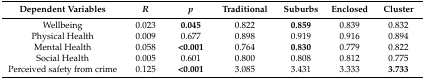
<table><thead><tr><td><b>Dependent Variables</b></td><td><b><i>R</i></b></td><td><b><i>p</i></b></td><td><b>Traditional</b></td><td><b>Suburbs</b></td><td><b>Enclosed</b></td><td><b>Cluster</b></td></tr></thead><tbody><tr><td>Wellbeing</td><td>0.023</td><td><b>0.045</b></td><td>0.822</td><td><b>0.859</b></td><td>0.839</td><td>0.832</td></tr><tr><td>Physical Health</td><td>0.009</td><td>0.677</td><td>0.898</td><td>0.919</td><td>0.916</td><td>0.894</td></tr><tr><td>Mental Health</td><td>0.058</td><td><b>&lt;0.001</b></td><td>0.764</td><td><b>0.830</b></td><td>0.779</td><td>0.822</td></tr><tr><td>Social Health</td><td>0.005</td><td>0.601</td><td>0.800</td><td>0.808</td><td>0.812</td><td>0.775</td></tr><tr><td>Perceived safety from crime</td><td>0.125</td><td><b>&lt;0.001</b></td><td>3.085</td><td>3.431</td><td>3.333</td><td><b>3.733</b></td></tr></tbody></table>